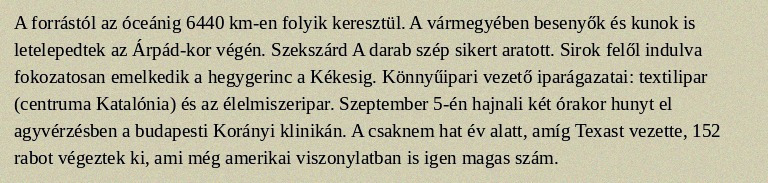
A forrástól az óceánig 6440 km-en folyik keresztül. A vármegyében besenyők és kunok is letelepedtek az Árpád-kor végén. Szekszárd A darab szép sikert aratott. Sirok felől indulva fokozatosan emelkedik a hegygerinc a Kékesig. Könnyűipari vezető iparágazatai: textilipar (centruma Katalónia) és az élelmiszeripar. Szeptember 5-én hajnali két órakor hunyt el agyvérzésben a budapesti Korányi klinikán. A csaknem hat év alatt, amíg Texast vezette, 152 rabot végeztek ki, ami még amerikai viszonylatban is igen magas szám.